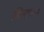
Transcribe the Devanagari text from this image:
सिलाबस